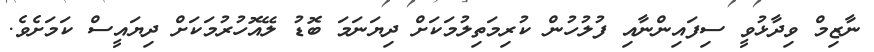
ނާޒިމް ވިދާޅުވީ ސިފައިންނާއި ފުލުހުން ކުރިމަތިލުމަކަށް ދިޔަނަމަ ބޮޑު ލޭއޮހުރުމަކަށް ދިޔައީސް ކަމަށެވެ.